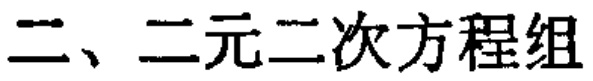
二、二元二次方程组